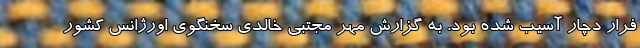
فرار دچار آسیب شده بود. به گزارش مهر مجتبی خالدی سخنگوی اورژانس کشور